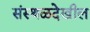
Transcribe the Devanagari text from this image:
संस्थळदेखील